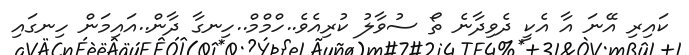
ކައިރި އޭނަ އާ އެކީ ދެވިދާނެ ތޯ ސުވާލު ކުރިއެވެ..ހްމްމް..ހިނގާ ދާން..އައިމަން ހިނގައި